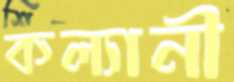
কল্যানী